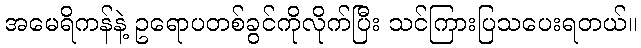
အမေရိကန်နဲ့ ဥရောပတစ်ခွင်ကိုလိုက်ပြီး သင်ကြားပြသပေးရတယ်။